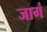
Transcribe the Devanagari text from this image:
जागं